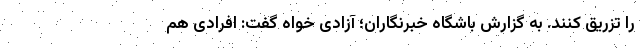
را تزریق کنند. به گزارش باشگاه خبرنگاران؛ آزادی خواه گفت: افرادی هم